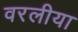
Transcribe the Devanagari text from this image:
वरलीया